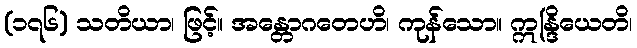
(၁၇၆) သတိယာ၊ ဖြင့်။ အန္တောဂတေဟိ၊ ကုန်သော။ ဣန္ဒြိယေတိ၊